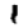
Digit: 1